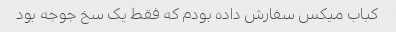
کباب میکس سفارش داده بودم که فقط یک سخ جوجه بود